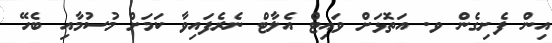
އިން ފެށިގެން ވ. އަތޮޅަށް ވައިޓް އެލާޓް ނެރެފައިވާ ކަމަށް މުސުމާއި ބެހޭ